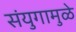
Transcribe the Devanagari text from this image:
संयुगामुळे